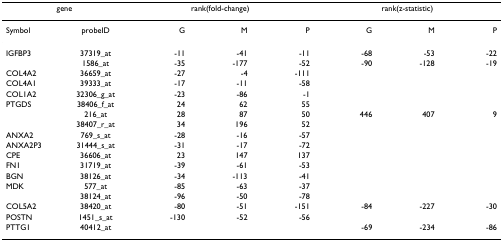
<table><thead><tr><td colspan="2"><b>gene</b></td><td colspan="3"><b>rank(fold-change)</b></td><td colspan="3"><b>rank(z-statistic)</b></td></tr></thead><tbody><tr><td>Symbol</td><td>probeID</td><td>G</td><td>M</td><td>P</td><td>G</td><td>M</td><td>P</td></tr><tr><td>IGFBP3</td><td>37319_at</td><td>-11</td><td>-41</td><td>-11</td><td>-68</td><td>-53</td><td>-22</td></tr><tr><td></td><td>1586_at</td><td>-35</td><td>-177</td><td>-52</td><td>-90</td><td>-128</td><td>-19</td></tr><tr><td>COL4A2</td><td>36659_at</td><td>-27</td><td>-4</td><td>-111</td><td></td><td></td><td></td></tr><tr><td>COL4A1</td><td>39333_at</td><td>-17</td><td>-11</td><td>-58</td><td></td><td></td><td></td></tr><tr><td>COL1A2</td><td>32306_g_at</td><td>-23</td><td>-86</td><td>-1</td><td></td><td></td><td></td></tr><tr><td>PTGDS</td><td>38406_f_at</td><td>24</td><td>62</td><td>55</td><td></td><td></td><td></td></tr><tr><td></td><td>216_at</td><td>28</td><td>87</td><td>50</td><td>446</td><td>407</td><td>9</td></tr><tr><td></td><td>38407_r_at</td><td>34</td><td>196</td><td>52</td><td></td><td></td><td></td></tr><tr><td>ANXA2</td><td>769_s_at</td><td>-28</td><td>-16</td><td>-57</td><td></td><td></td><td></td></tr><tr><td>ANXA2P3</td><td>31444_s_at</td><td>-31</td><td>-17</td><td>-72</td><td></td><td></td><td></td></tr><tr><td>CPE</td><td>36606_at</td><td>23</td><td>147</td><td>137</td><td></td><td></td><td></td></tr><tr><td>FN1</td><td>31719_at</td><td>-39</td><td>-61</td><td>-53</td><td></td><td></td><td></td></tr><tr><td>BGN</td><td>38126_at</td><td>-34</td><td>-113</td><td>-41</td><td></td><td></td><td></td></tr><tr><td>MDK</td><td>577_at</td><td>-85</td><td>-63</td><td>-37</td><td></td><td></td><td></td></tr><tr><td></td><td>38124_at</td><td>-96</td><td>-50</td><td>-78</td><td></td><td></td><td></td></tr><tr><td>COL5A2</td><td>38420_at</td><td>-80</td><td>-51</td><td>-151</td><td>-84</td><td>-227</td><td>-30</td></tr><tr><td>POSTN</td><td>1451_s_at</td><td>-130</td><td>-52</td><td>-56</td><td></td><td></td><td></td></tr><tr><td>PTTG1</td><td>40412_at</td><td></td><td></td><td></td><td>-69</td><td>-234</td><td>-86</td></tr></tbody></table>